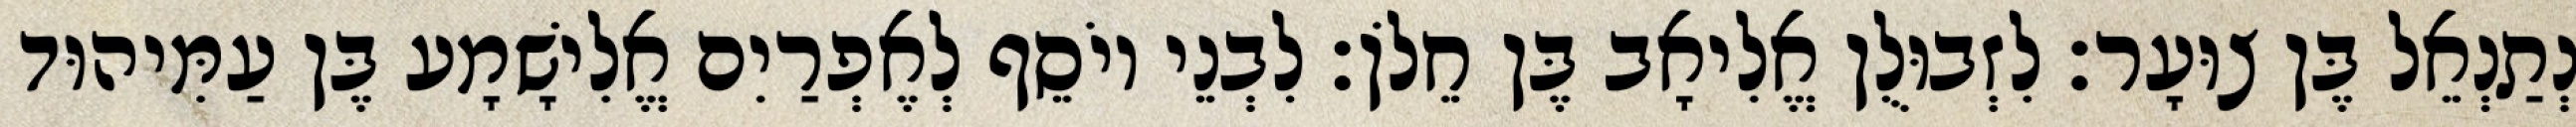
נְתַנְאֵל בֶּן צוּעָר׃ לִזְבוּלֻן אֱלִיאָב בֶּן חֵלֹן׃ לִבְנֵי יוֹסֵף לְאֶפְרַיִם אֱלִישָׁמָע בֶּן עַמִּיהוּד